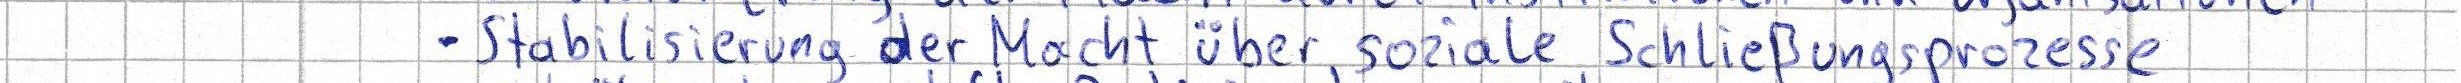
Stabilisierung der Macht über soziale Schließungsprozesse